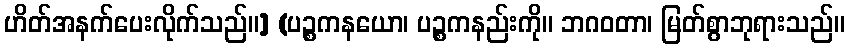
ဟိတ်အနက်ပေးလိုက်သည်။] (ပဉ္စကနယော၊ ပဉ္စကနည်းကို။ ဘဂဝတာ၊ မြတ်စွာဘုရားသည်။